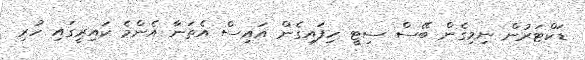
ޑަކްޓަރުން ނިމިގެން ބޭސް ސިޓީ ހިފައިގެން އައިސް އެތަނާ އެންމެ ކައިރީގައި ހުރި